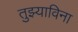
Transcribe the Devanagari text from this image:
तुझ्याविना